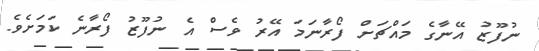
ނުފޫޒު އޭނާގެ މައްޗަށް ފޯރާނަމަ އޭރު ވެސް އެ ނުފޫޒު ފޯރާނެ ކަމަށެވެ.